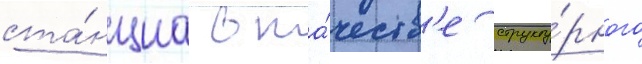
ста́нциа в ка́честв'е структу́рного